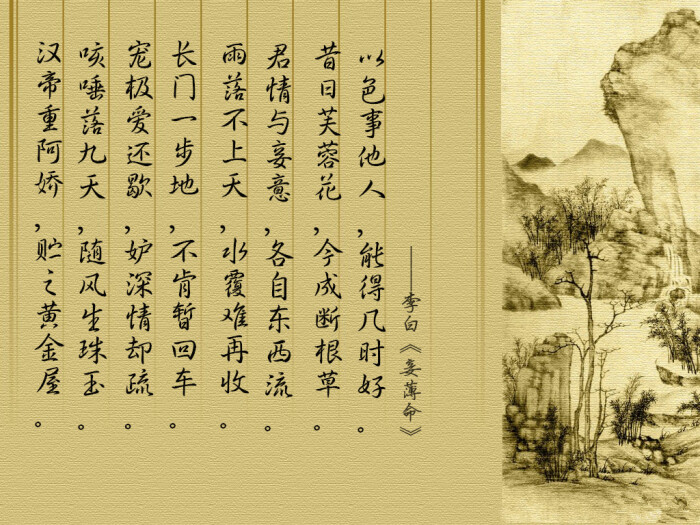
汉帝重阿娇，贮之黄金屋。